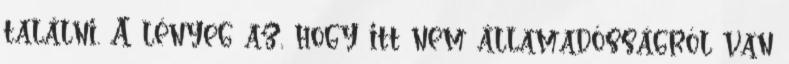
találni. A lényeg az, hogy itt nem államadósságról van